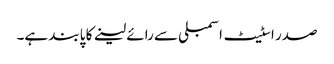
صدر اسٹیٹ اسمبلی سے رائے لینے کا پابند ہے۔